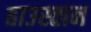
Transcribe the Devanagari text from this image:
हाउस्तान